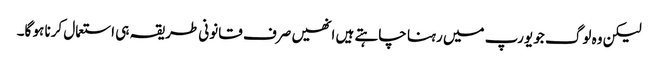
لیکن وہ لوگ جو یورپ میں رہنا چاہتے ہیں انھیں صرف قانونی طریقہ ہی استعمال کرنا ہو گا۔